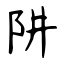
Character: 阱